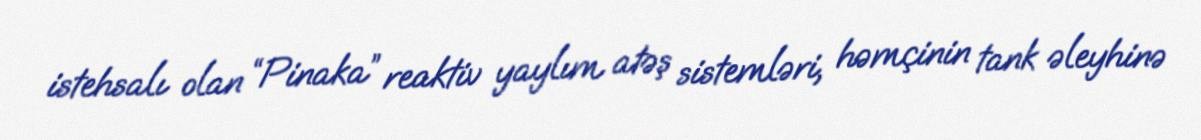
istehsalı olan “Pinaka” reaktiv yaylım atəş sistemləri, həmçinin tank əleyhinə